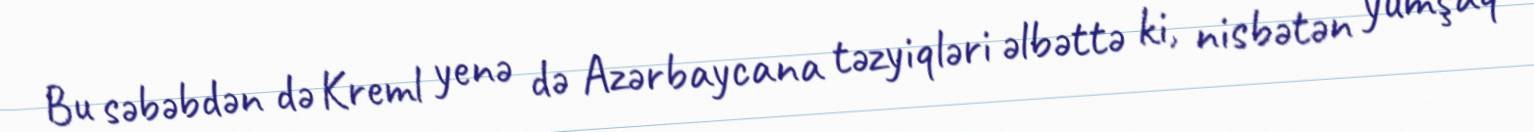
Bu səbəbdən də Kreml yenə də Azərbaycana təzyiqləri əlbəttə ki, nisbətən yumşaq